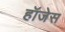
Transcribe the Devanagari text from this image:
हॉजेस